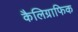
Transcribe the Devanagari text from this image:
कैलिग्राफिक